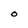
Character: O